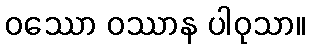
ဝဿော ဝဿာန ပါဝုသာ။